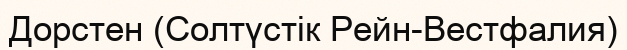
Дорстен (Солтүстік Рейн-Вестфалия)